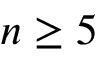
n \geq 5